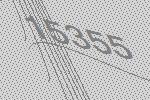
15355